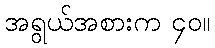
အရွယ်အစားက ၄၀။